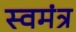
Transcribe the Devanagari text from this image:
स्वमंत्र